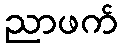
ညာဖက်